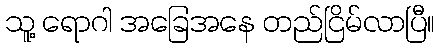
သူ့ ရောဂါ အခြေအနေ တည်ငြိမ်လာပြီ။